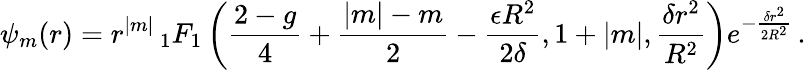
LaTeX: \psi_{m}(r)=r^{|m|}\, _{1}F_{1}\left({\frac{2-g}{4}}+{\frac{|m|-m}{2}}-{\frac{\epsilon R^{2}}{2\delta}},1+|m|,{\frac{\delta r^{2}}{R^{2}}}\right)e^{-{\frac{\delta r^{2}}{2R^{2}}}}\, .